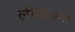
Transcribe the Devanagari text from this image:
लीबियनों